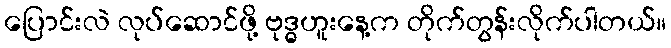
ပြောင်းလဲ လုပ်ဆောင်ဖို့ ဗုဒ္ဓဟူးနေ့က တိုက်တွန်းလိုက်ပါတယ်။